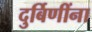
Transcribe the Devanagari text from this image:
दुर्बिणींना